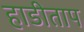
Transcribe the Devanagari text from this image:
हाडीताप